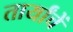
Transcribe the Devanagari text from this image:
तार्यांचें